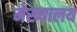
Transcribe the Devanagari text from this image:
मेख्यालय